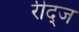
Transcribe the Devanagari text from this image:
रीद्ज